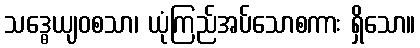
သဒ္ဓေယျဝစသာ၊ ယုံကြည်အပ်သောစကား ရှိသော။